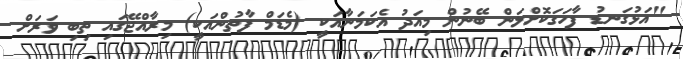
"އަޅުގަނޑު ފާހަގަކޮށްލަން ބޭނުން މިއަދު އެކަމަނާއަކީ (މެޑަމް ފާތުންއަކީ) މިރާއްޖޭގައި ތިބި ވަރަށް